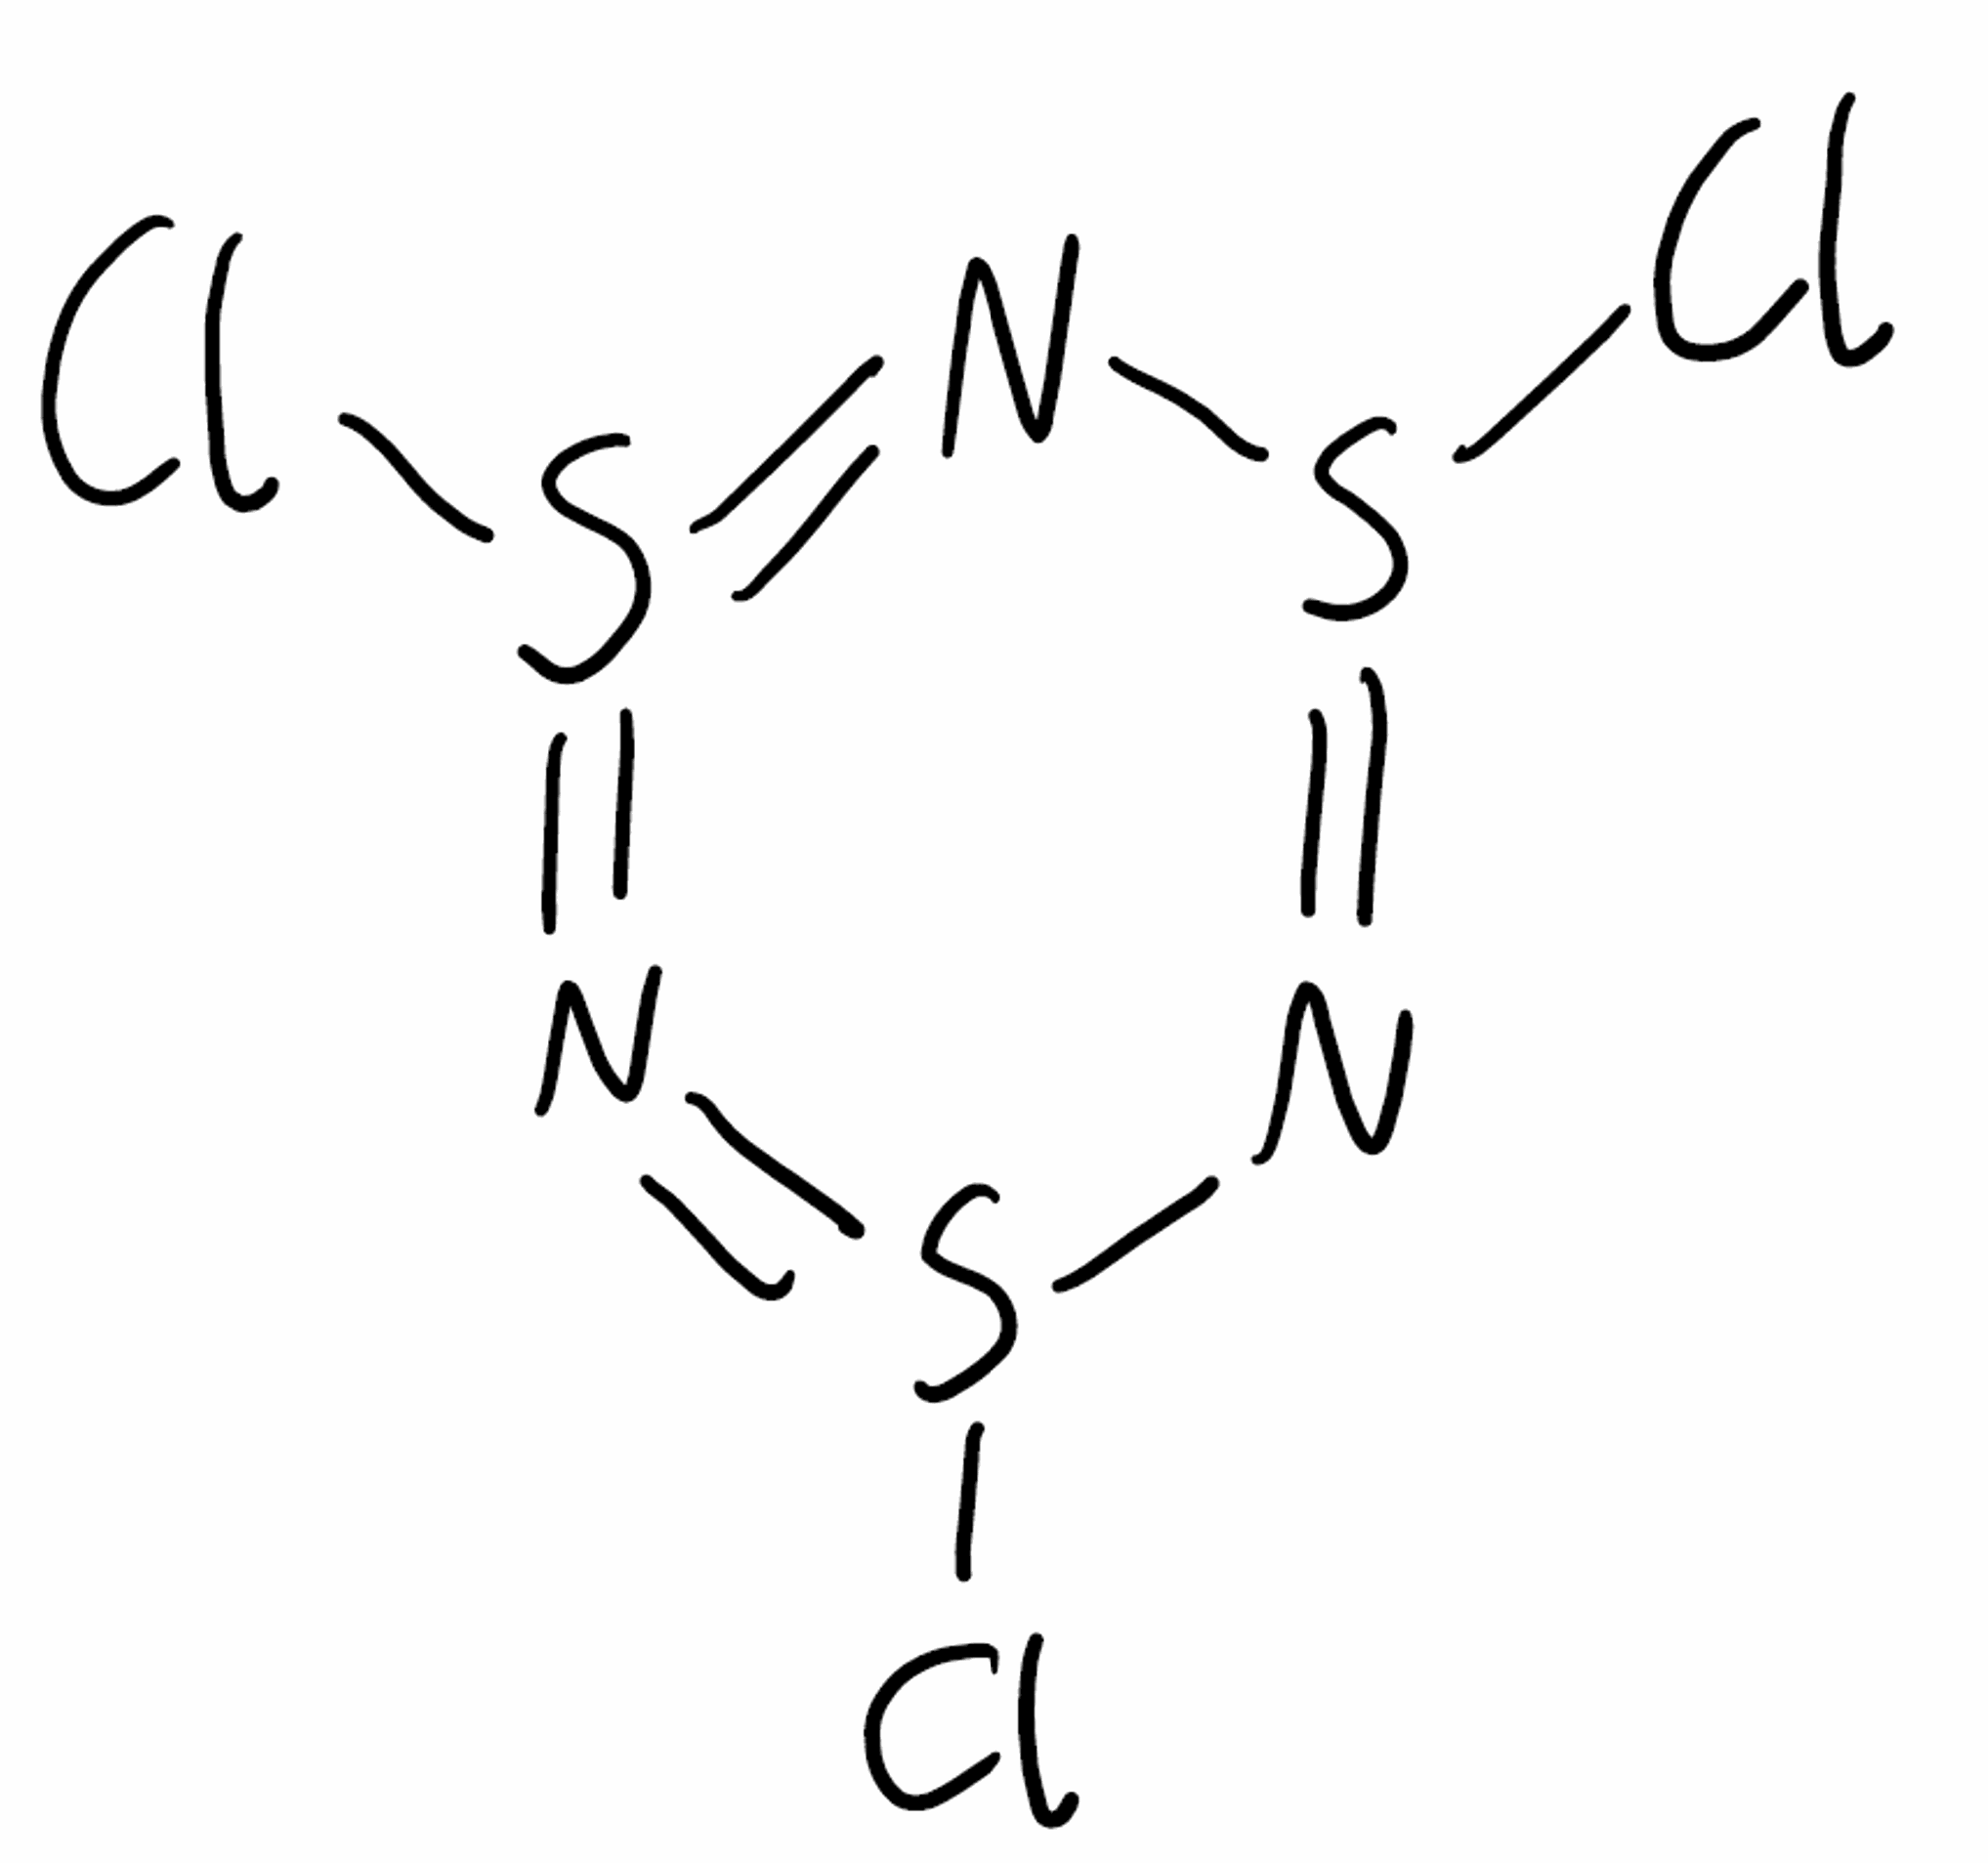
Simplified molecular-input line-entry system (SMILES) notation of the given molecule:
N1=S(N=S(N=S1Cl)Cl)Cl